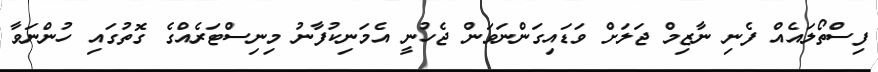
ފިސްތޯލައެއް ފެނި ނާޒިމް ޖަލަށް ވަޑައިގަންނަވަން ޖެހުނީ އެމަނިކުފާނު މިނިސްޓަރެއްގެ ގޮތުގައި ހުންނަވާ